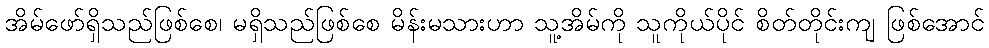
အိမ်ဖော်ရှိသည်ဖြစ်စေ၊ မရှိသည်ဖြစ်စေ မိန်းမသားဟာ သူ့အိမ်ကို သူကိုယ်ပိုင် စိတ်တိုင်းကျ ဖြစ်အောင်